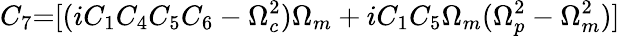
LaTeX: {C_{7}}\mathrm{{=}}[(i{C_{1}}{C_{4}}{C_{5}}{C_{6}}-\Omega_{c}^{2}){\Omega_{m}}+i{C_{1}}{C_{5}}{\Omega_{m}}(\Omega_{p}^{2}-\Omega_{m}^{2})]